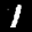
Label: 1